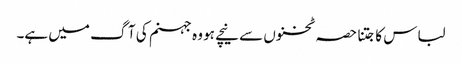
لباس کا جتنا حصہ ٹخنوں سے نیچے ہو وہ جہنم کی آگ میں ہے۔